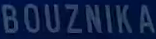
BOUZNIKA